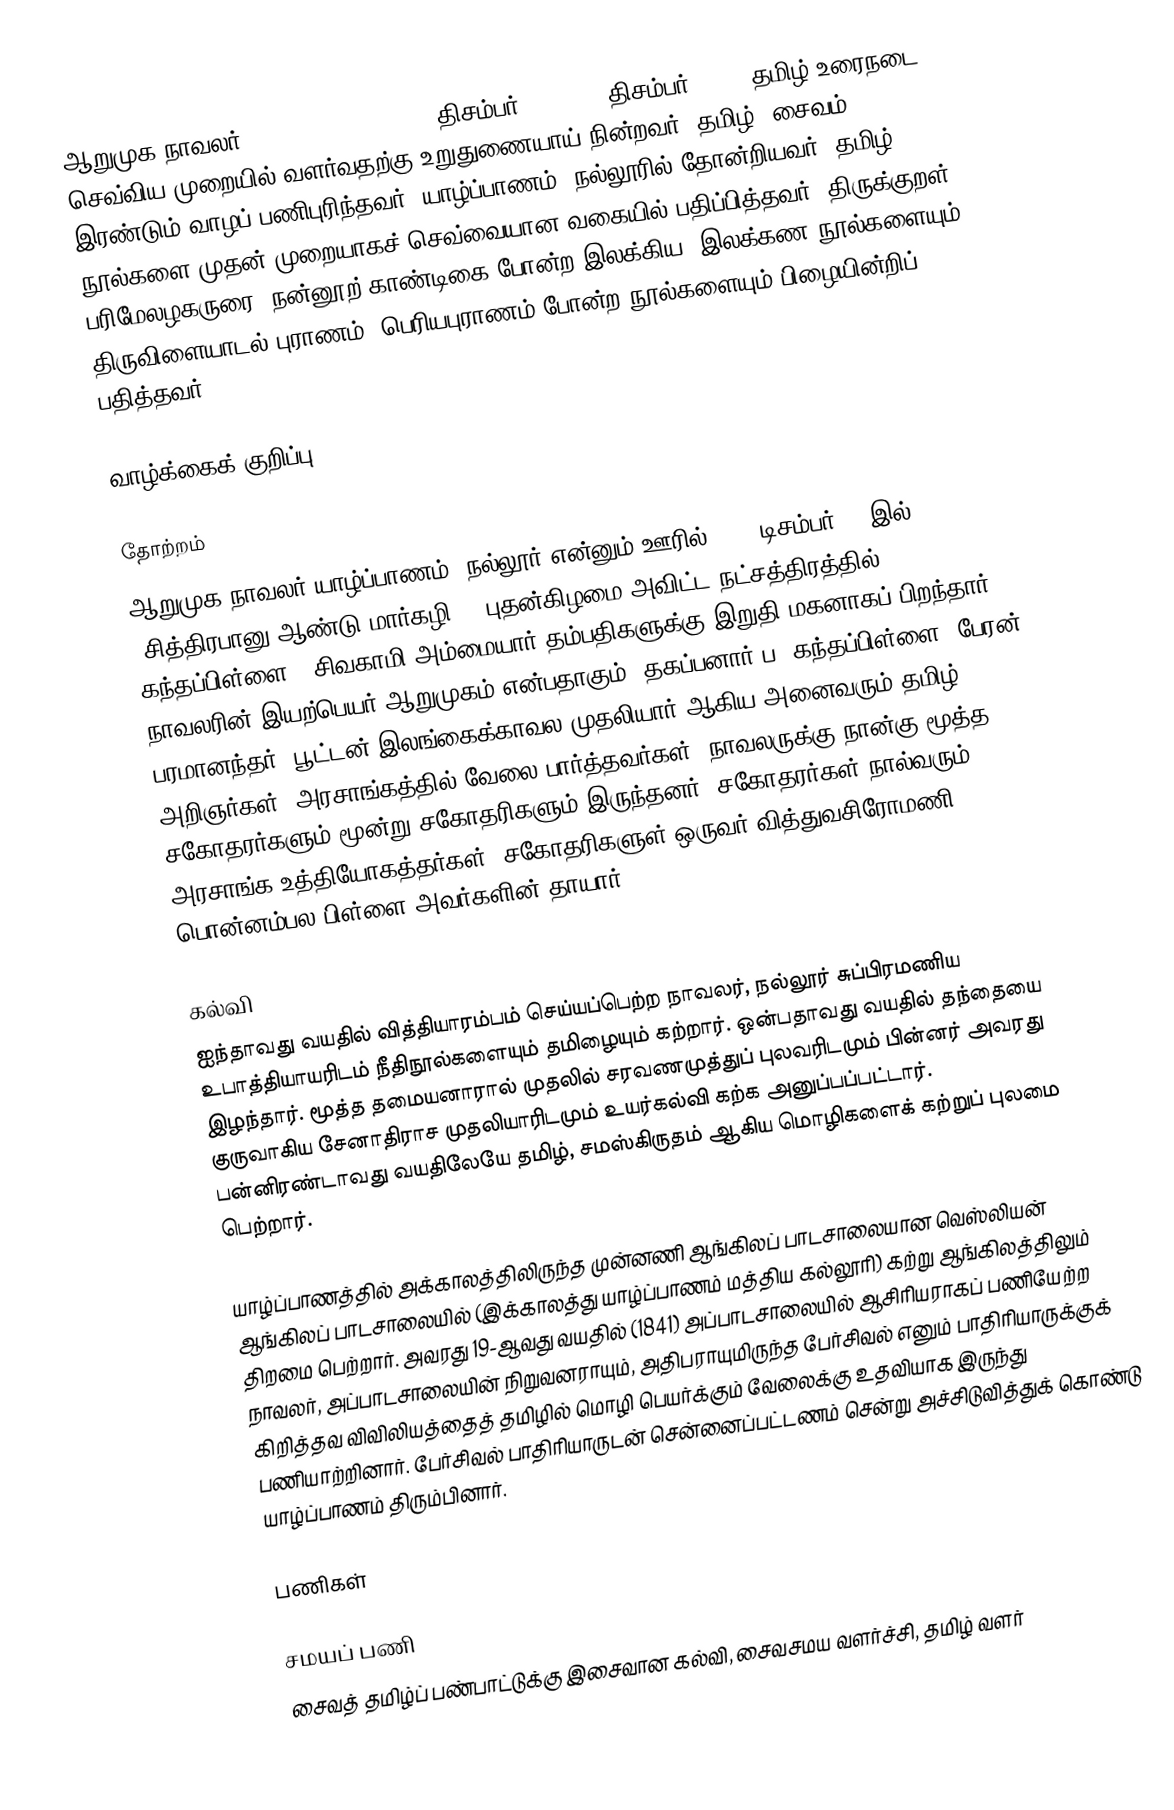
ஆறுமுக நாவலர் (Āṟumuka Nāvalar, 18 திசம்பர் 1822 – 5 திசம்பர் 1879) தமிழ் உரைநடை செவ்விய முறையில் வளர்வதற்கு உறுதுணையாய் நின்றவர். தமிழ், சைவம் இரண்டும் வாழப் பணிபுரிந்தவர். யாழ்ப்பாணம், நல்லூரில் தோன்றியவர். தமிழ் நூல்களை முதன் முறையாகச் செவ்வையான வகையில் பதிப்பித்தவர். திருக்குறள் பரிமேலழகருரை, நன்னூற் காண்டிகை போன்ற இலக்கிய, இலக்கண நூல்களையும் திருவிளையாடல் புராணம், பெரியபுராணம் போன்ற நூல்களையும் பிழையின்றிப் பதித்தவர்.

வாழ்க்கைக் குறிப்பு

தோற்றம்
ஆறுமுக நாவலர் யாழ்ப்பாணம், நல்லூர் என்னும் ஊரில் 1822 டிசம்பர் 18 இல் (சித்திரபானு ஆண்டு மார்கழி 5) புதன்கிழமை அவிட்ட நட்சத்திரத்தில் கந்தப்பிள்ளை - சிவகாமி அம்மையார் தம்பதிகளுக்கு இறுதி மகனாகப் பிறந்தார். நாவலரின் இயற்பெயர் ஆறுமுகம் என்பதாகும். தகப்பனார் ப. கந்தப்பிள்ளை, பேரன் பரமானந்தர், பூட்டன் இலங்கைக்காவல முதலியார் ஆகிய அனைவரும் தமிழ் அறிஞர்கள். அரசாங்கத்தில் வேலை பார்த்தவர்கள். நாவலருக்கு நான்கு மூத்த சகோதரர்களும் மூன்று சகோதரிகளும் இருந்தனர். சகோதரர்கள் நால்வரும் அரசாங்க உத்தியோகத்தர்கள். சகோதரிகளுள் ஒருவர் வித்துவசிரோமணி பொன்னம்பல பிள்ளை அவர்களின் தாயார்.

கல்வி
ஐந்தாவது வயதில் வித்தியாரம்பம் செய்யப்பெற்ற நாவலர், நல்லூர் சுப்பிரமணிய உபாத்தியாயரிடம் நீதிநூல்களையும் தமிழையும் கற்றார். ஒன்பதாவது வயதில் தந்தையை இழந்தார். மூத்த தமையனாரால் முதலில் சரவணமுத்துப் புலவரிடமும் பின்னர் அவரது குருவாகிய சேனாதிராச முதலியாரிடமும் உயர்கல்வி கற்க அனுப்பப்பட்டார். பன்னிரண்டாவது வயதிலேயே தமிழ், சமஸ்கிருதம் ஆகிய மொழிகளைக் கற்றுப் புலமை பெற்றார்.

யாழ்ப்பாணத்தில் அக்காலத்திலிருந்த முன்னணி ஆங்கிலப் பாடசாலையான வெஸ்லியன் ஆங்கிலப் பாடசாலையில் (இக்காலத்து யாழ்ப்பாணம் மத்திய கல்லூரி) கற்று ஆங்கிலத்திலும் திறமை பெற்றார். அவரது 19-ஆவது வயதில் (1841) அப்பாடசாலையில் ஆசிரியராகப் பணியேற்ற நாவலர், அப்பாடசாலையின் நிறுவனராயும், அதிபராயுமிருந்த பேர்சிவல் எனும் பாதிரியாருக்குக் கிறித்தவ விவிலியத்தைத் தமிழில் மொழி பெயர்க்கும் வேலைக்கு உதவியாக இருந்து பணியாற்றினார். பேர்சிவல் பாதிரியாருடன் சென்னைப்பட்டணம் சென்று அச்சிடுவித்துக் கொண்டு யாழ்ப்பாணம் திரும்பினார்.

பணிகள்

சமயப் பணி
சைவத் தமிழ்ப் பண்பாட்டுக்கு இசைவான கல்வி, சைவசமய வளர்ச்சி, தமிழ் வளர்